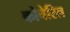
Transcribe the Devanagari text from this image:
कोचेरिल